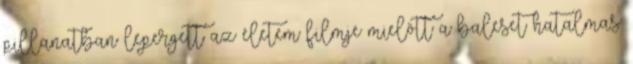
pillanatban lepergett az életem filmje mielõtt a baleset hatalmas